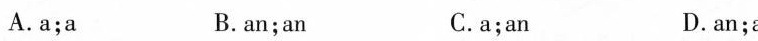
A.a;a B.an;an C.a;an D.an;a